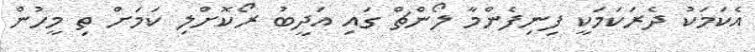
އެކަމަކު ދެރަކަމަކީ ފިނިފެންމާ ލޯންޗް ގައި އަދީބު ރޯކޮށްލި ކަމަށް ތި މީހުން